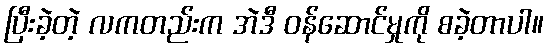
ပြီးခဲ့တဲ့ လကတည်းက အဲဒီ ဝန်ဆောင်မှုကို စခဲ့တာပါ။